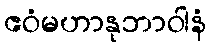
ဧဝံမဟာနုဘာဝါနံ